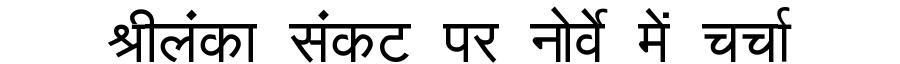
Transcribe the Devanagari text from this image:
श्रीलंका संकट पर नोर्वे में चर्चा